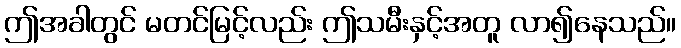
ဤအခါတွင် မတင်မြင့်လည်း ဤသမီးနှင့်အတူ လာ၍နေသည်။